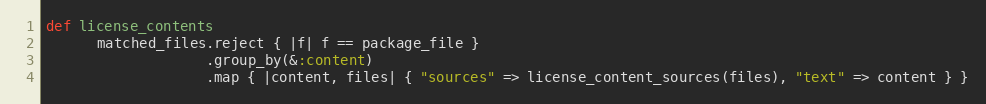
Language: Ruby
def license_contents
      matched_files.reject { |f| f == package_file }
                   .group_by(&:content)
                   .map { |content, files| { "sources" => license_content_sources(files), "text" => content } }